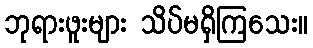
ဘုရားဖူးများ သိပ်မရှိကြသေး။